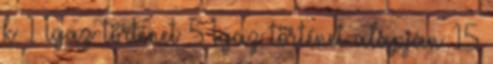
k 1 Igaz történet 5 Igaz történet alapján 15